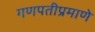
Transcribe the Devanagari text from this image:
गणपतीप्रमाणे